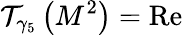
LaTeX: \mathcal{T}_{\gamma_{5}}\left(M^{2}\right)=\operatorname{Re}